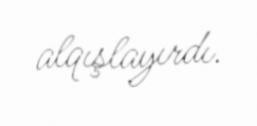
alqışlayırdı.